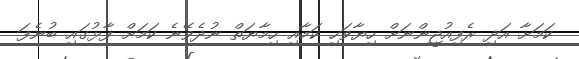
ކަމަށާ އަދި ރެފިއުޖީންނަށް ހިޔާވަހި ކަމާއި ހިމާޔަތް ނުދެވޭނެ ކަމަށް ފާޅުގައި ބުނެފަ